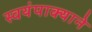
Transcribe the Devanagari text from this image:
स्वयंपाक्याने